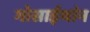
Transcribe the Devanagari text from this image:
गोसाईथांन